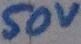
Text: 50V